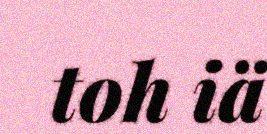
toh iä